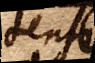
tensi